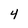
Character: 4